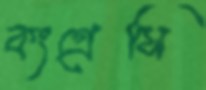
কংগ্রেসি